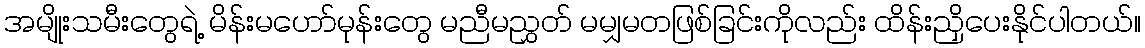
အမျိုးသမီးတွေရဲ့ မိန်းမဟော်မုန်းတွေ မညီမညွှတ် မမျှမတဖြစ်ခြင်းကိုလည်း ထိန်းညှိပေးနိုင်ပါတယ်။